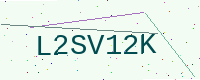
Text: L2SV12K